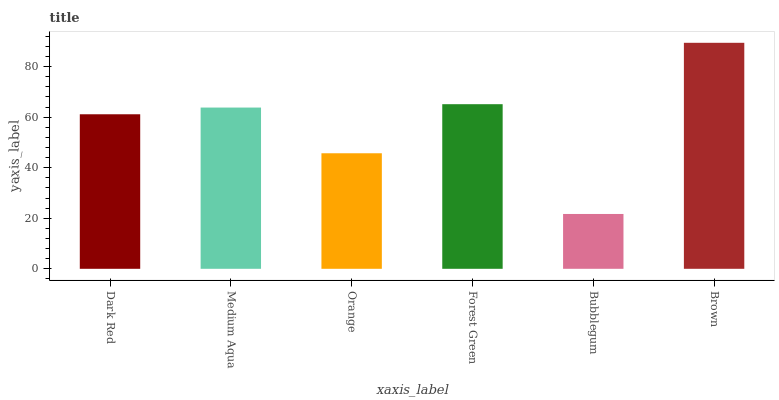
| xaxis_label | bars |
 | --- | --- |
 | Dark Red | 61.1 |
 | Medium Aqua | 63.8 |
 | Orange | 45.7 |
 | Forest Green | 65.1 |
 | Bubblegum | 21.7 |
 | Brown | 89.4 |